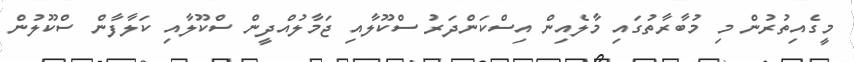
މީގެއިތުރުން މި މުބާރާތުގައި މާލެއިން އިސްކަންދަރު ސްކޫލާއި ޖަމާލުއްދީން ސްކޫލާއި ކަލާފާން ސްކޫލުން